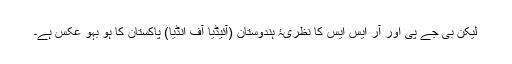
لیکن بی جے پی اور آر ایس ایس کا نظریۂ ہندوستان (آئیڈیا آف انڈیا) پاکستان کا ہو بہو عکس ہے۔